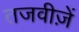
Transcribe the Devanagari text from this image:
तजवीज़ें